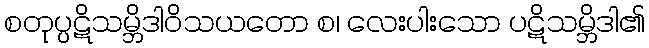
စတုပ္ပဋိသမ္ဘိဒါဝိသယတော စ၊ လေးပါးသော ပဋိသမ္ဘိဒါ၏